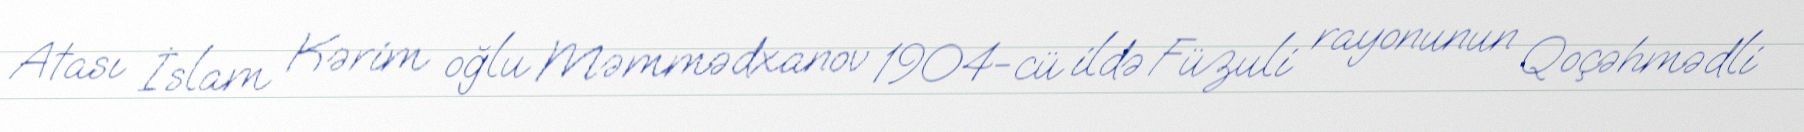
Atası İslam Kərim oğlu Məmmədxanov 1904-cü ildə Füzuli rayonunun Qoçəhmədli